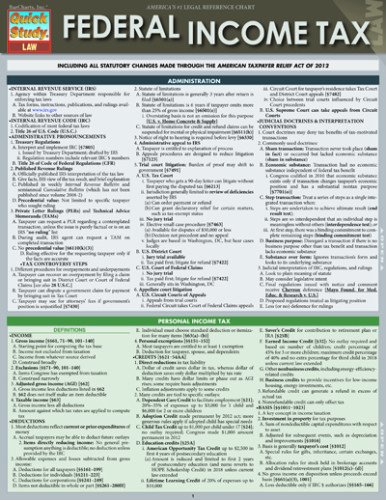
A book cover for Federal Income Tax; Inc. BarCharts; Test Preparation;